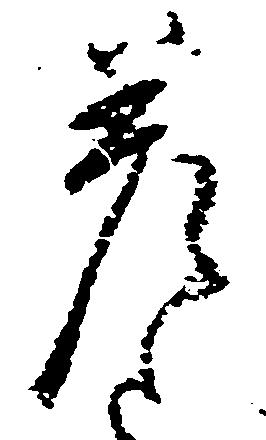
差